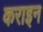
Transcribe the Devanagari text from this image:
कराइन